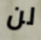
لن